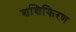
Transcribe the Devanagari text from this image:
शशिकिरण